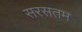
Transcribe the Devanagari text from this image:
सरसतम